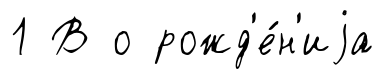
1 В о рожд'е́н'иjа